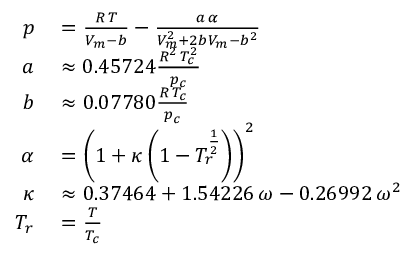
\begin{array} { r l } { p } & { { } = { \frac { R \, T } { V _ { m } - b } } - { \frac { a \, \alpha } { V _ { m } ^ { 2 } + 2 b V _ { m } - b ^ { 2 } } } } \\ { a } & { { } \approx 0 . 4 5 7 2 4 { \frac { R ^ { 2 } \, T _ { c } ^ { 2 } } { p _ { c } } } } \\ { b } & { { } \approx 0 . 0 7 7 8 0 { \frac { R \, T _ { c } } { p _ { c } } } } \\ { \alpha } & { { } = \left( 1 + \kappa \left( 1 - T _ { r } ^ { \frac { 1 } { 2 } } \right) \right) ^ { 2 } } \\ { \kappa } & { { } \approx 0 . 3 7 4 6 4 + 1 . 5 4 2 2 6 \, \omega - 0 . 2 6 9 9 2 \, \omega ^ { 2 } } \\ { T _ { r } } & { { } = { \frac { T } { T _ { c } } } } \end{array}